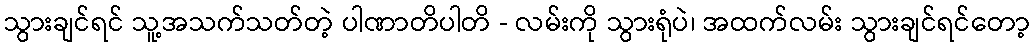
သွားချင်ရင် သူ့အသက်သတ်တဲ့ ပါဏာတိပါတိ - လမ်းကို သွားရုံပဲ၊ အထက်လမ်း သွားချင်ရင်တော့